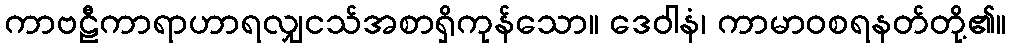
ကာဗဠီကာရာဟာရလျှငသ်အစာရှိကုန်သော။ ဒေဝါနံ၊ ကာမာဝစရနတ်တို့၏။